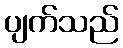
ပျက်သည်